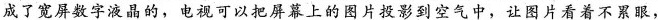
成了宽屏数字液晶的，电视可以把屏幕上的图片投影到空气中，让图片看着不累眼，